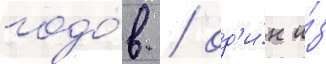
годо́в / од'и́н и́з